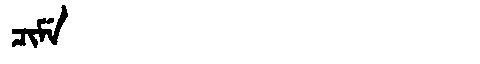
Manchu: ᠴᡳᠮᡝ
Romanization: CIME